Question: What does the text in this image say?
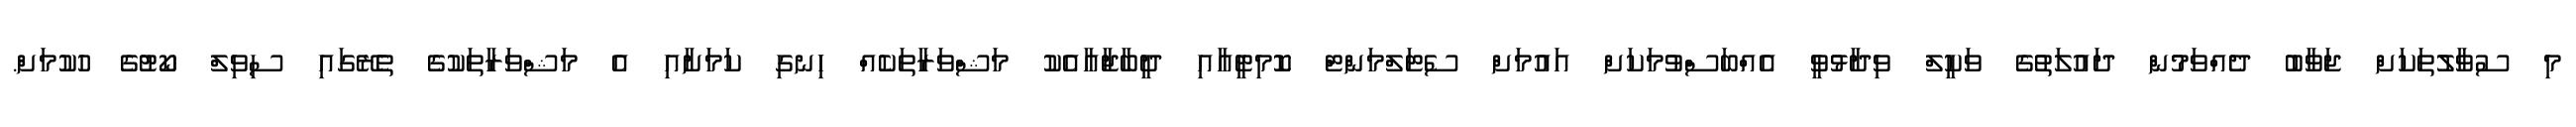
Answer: މި ސުވާލުތަކަށް ޖަވާބު ދެއްވަމުން ދައުލަތުގެ ވަކީލް ވިދާޅުވީ އެއްބަސްވުމަކަށް އައުމަށް ސެޓަލްމަންޓް ކޮމިޓީއާއި ދީބާޖާއާއެކު މަޝްވަރާތަކެއް ހިނގި ކަމަށާއި އެ މަޝްވަރާތަކުގެ ތެރޭގައި ސިވިލް ކޯޓުގެ ހުކުމަށް.